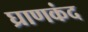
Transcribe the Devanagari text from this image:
घ्राणकंद